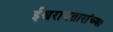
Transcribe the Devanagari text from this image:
ईश्वरावतारांच्या